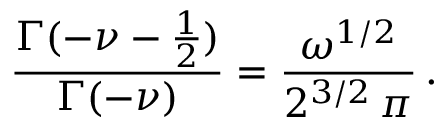
\frac { \Gamma ( - \nu - \frac { 1 } { 2 } ) } { \Gamma ( - \nu ) } = \frac { \omega ^ { 1 / 2 } } { 2 ^ { 3 / 2 } \, \pi } \, .